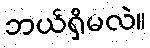
ဘယ်ရှိမလဲ။